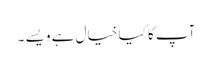
آپ کا کیا خیال ہے ویسے ۔